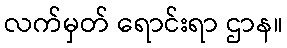
လက်မှတ် ရောင်းရာ ဌာန။